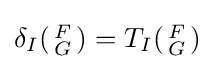
\delta _{I}({\begin{smallmatrix}F\\G\end{smallmatrix}})=T_{I}({\begin{smallmatrix}F\\G\end{smallmatrix}})